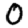
Digit: 0